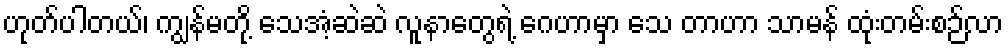
ဟုတ်ပါတယ်၊ ကျွန်မတို့ သေအံ့ဆဲဆဲ လူနာတွေရဲ့ ဂေဟာမှာ သေ တာဟာ သာမန် ထုံးတမ်းစဉ်လာ